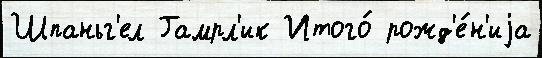
Шпаньг'ел Гамрл'ик Итого́ рожд'е́н'иjа